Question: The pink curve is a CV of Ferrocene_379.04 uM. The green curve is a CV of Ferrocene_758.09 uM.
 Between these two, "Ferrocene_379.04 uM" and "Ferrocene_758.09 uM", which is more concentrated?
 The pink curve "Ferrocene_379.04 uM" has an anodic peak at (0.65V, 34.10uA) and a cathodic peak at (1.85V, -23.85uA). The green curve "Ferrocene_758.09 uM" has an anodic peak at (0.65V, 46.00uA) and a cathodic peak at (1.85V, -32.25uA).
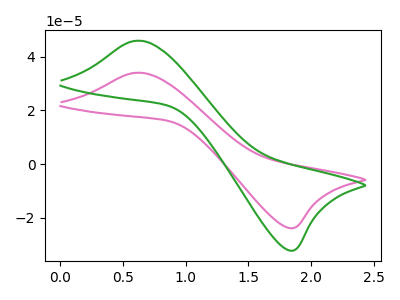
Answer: <think>All the peaks in "Ferrocene_379.04 uM" have a peak in "Ferrocene_758.09 uM" at the same potential. Every peak in "Ferrocene_379.04 uM" is lower than every peak in "Ferrocene_758.09 uM".
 </think>
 <answer>"Ferrocene_379.04 uM" has less signal than "Ferrocene_758.09 uM" and so likely has a lower concentration.</answer>
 <eval>less_concentration</eval>